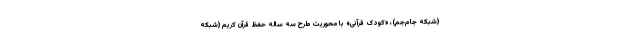
(شبکه جام‌جم)، «کودک قرآنی» با محوریت طرح سه ساله حفظ قرآن کریم (شبکه